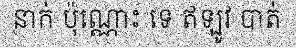
នាក់ ប៉ុណ្ណោះ ទេ ឥឡូវ បាត់